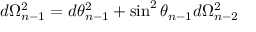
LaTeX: d \Omega _ { n - 1 } ^ { 2 } = d \theta _ { n - 1 } ^ { 2 } + \sin ^ { 2 } \theta _ { n - 1 } d \Omega _ { n - 2 } ^ { 2 }